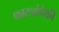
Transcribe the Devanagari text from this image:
फाट्यांपैकी